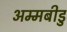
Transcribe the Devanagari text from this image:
अम्मबीडु